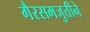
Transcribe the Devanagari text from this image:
गैरसमजुतीने